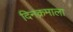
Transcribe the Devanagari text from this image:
दिनक्रमाला